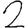
Digit: 2